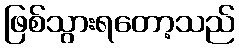
ဖြစ်သွားရတော့သည်